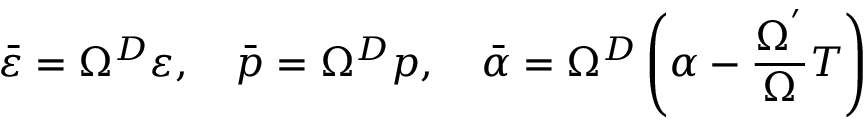
\bar { \varepsilon } = \Omega ^ { D } \varepsilon , \quad \bar { p } = \Omega ^ { D } p , \quad \bar { \alpha } = \Omega ^ { D } \left( \alpha - \frac { \Omega ^ { ^ { \prime } } } \Omega T \right)